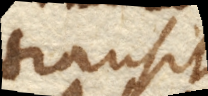
transit.